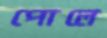
পোলে